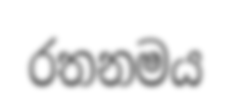
රතනමය